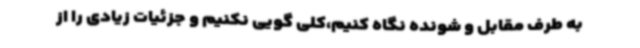
به طرف مقابل و شونده نگاه کنیم،کلی گویی نکنیم و جزئیات زیادی را از